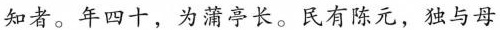
知者。年四十，为蒲亭长。民有陈元，独与母